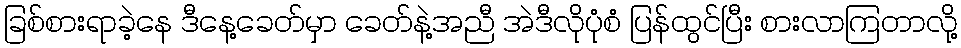
ခြစ်စားရာခဲ့နေ ဒီနေ့ခေတ်မှာ ခေတ်နဲ့အညီ အဲဒီလိုပုံစံ ပြန်ထွင်ပြီး စားလာကြတာလို့